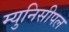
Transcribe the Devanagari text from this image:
म्युनिसीपल